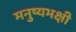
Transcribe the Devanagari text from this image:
मनुष्यभक्षी